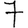
Digit: 7